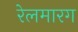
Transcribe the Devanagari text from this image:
रेलमारग